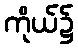
ကိုယ်၌